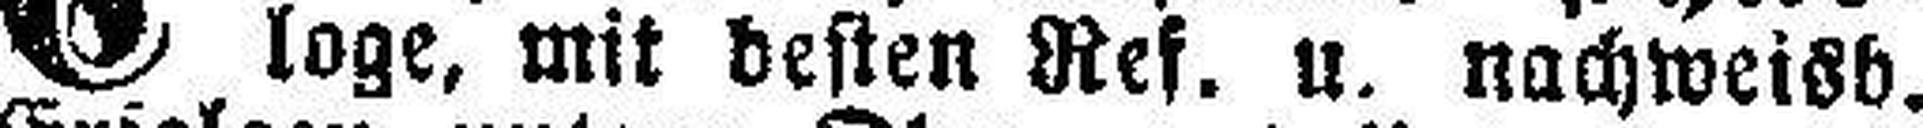
loge, mit besten Ref. u. nachweisb.